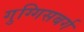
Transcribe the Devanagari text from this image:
गुग्गिसबर्ग